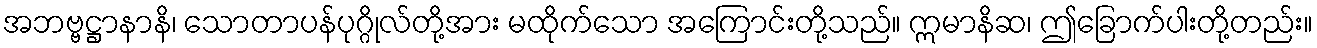
အဘဗ္ဗဋ္ဌာနာနိ၊ သောတာပန်ပုဂ္ဂိုလ်တို့အား မထိုက်သော အကြောင်းတို့သည်။ ဣမာနိဆ၊ ဤခြောက်ပါးတို့တည်း။